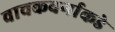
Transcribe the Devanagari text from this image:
वाचकवर्गाकडे